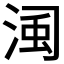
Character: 𣷋